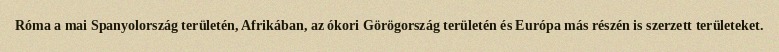
Róma a mai Spanyolország területén, Afrikában, az ókori Görögország területén és Európa más részén is szerzett területeket.